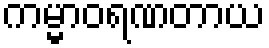
ကမ္မာဝရဏတာယ